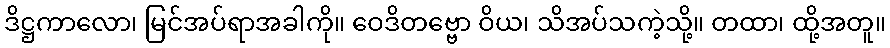
ဒိဋ္ဌကာလော၊ မြင်အပ်ရာအခါကို။ ဝေဒိတဗ္ဗော ဝိယ၊ သိအပ်သကဲ့သို့။ တထာ၊ ထို့အတူ။